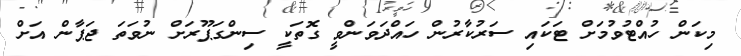
މިކަން ހުއްޓުވުމަށް ޓަކައި ސަރުކާރުން ހައްދަވަންވީ ގޮތަކީ ސިންގަޕޫރަށް ނުވަތަ ޖަޕާން އަށް